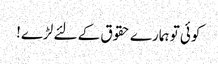
کوئی تو ہمارے حقوق کے لئے لڑے!